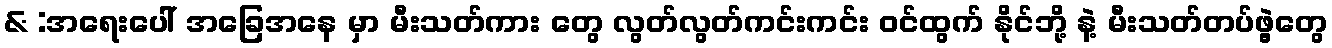
& :အရေးပေါ် အခြေအနေ မှာ မီးသတ်ကား တွေ လွတ်လွတ်ကင်းကင်း ဝင်ထွက် နိုင်ဘို့ နဲ့ မီးသတ်တပ်ဖွဲ့တွေ